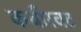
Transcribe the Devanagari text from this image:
कबीरवट